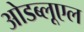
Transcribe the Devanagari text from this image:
ओडब्लूएल